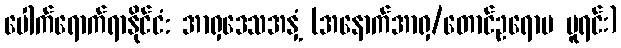
ပေါက်ရောက်ရာနိုင်ငံ: အာရှဒေသအနှံ့ (အနောက်အာရှ/တောင်ဥရောပ မူရင်း)